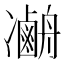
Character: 𠘢